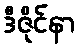
ဒီဇိုင်နာ